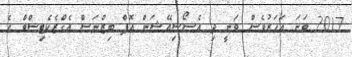
2017 ވަނަ އަހަރުވެސް ވަނީ ދި އެސޯސިއޭޝަން އޮފް ބިޒްނަސް އެގްޒެކެޓިސްވް ގެ